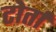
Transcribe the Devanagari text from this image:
टोर्ता